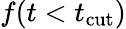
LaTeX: f(t<t_{\mathrm{cut}})